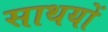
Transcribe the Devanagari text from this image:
साथयों